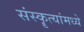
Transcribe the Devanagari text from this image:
संस्कॄत्यांमध्ये